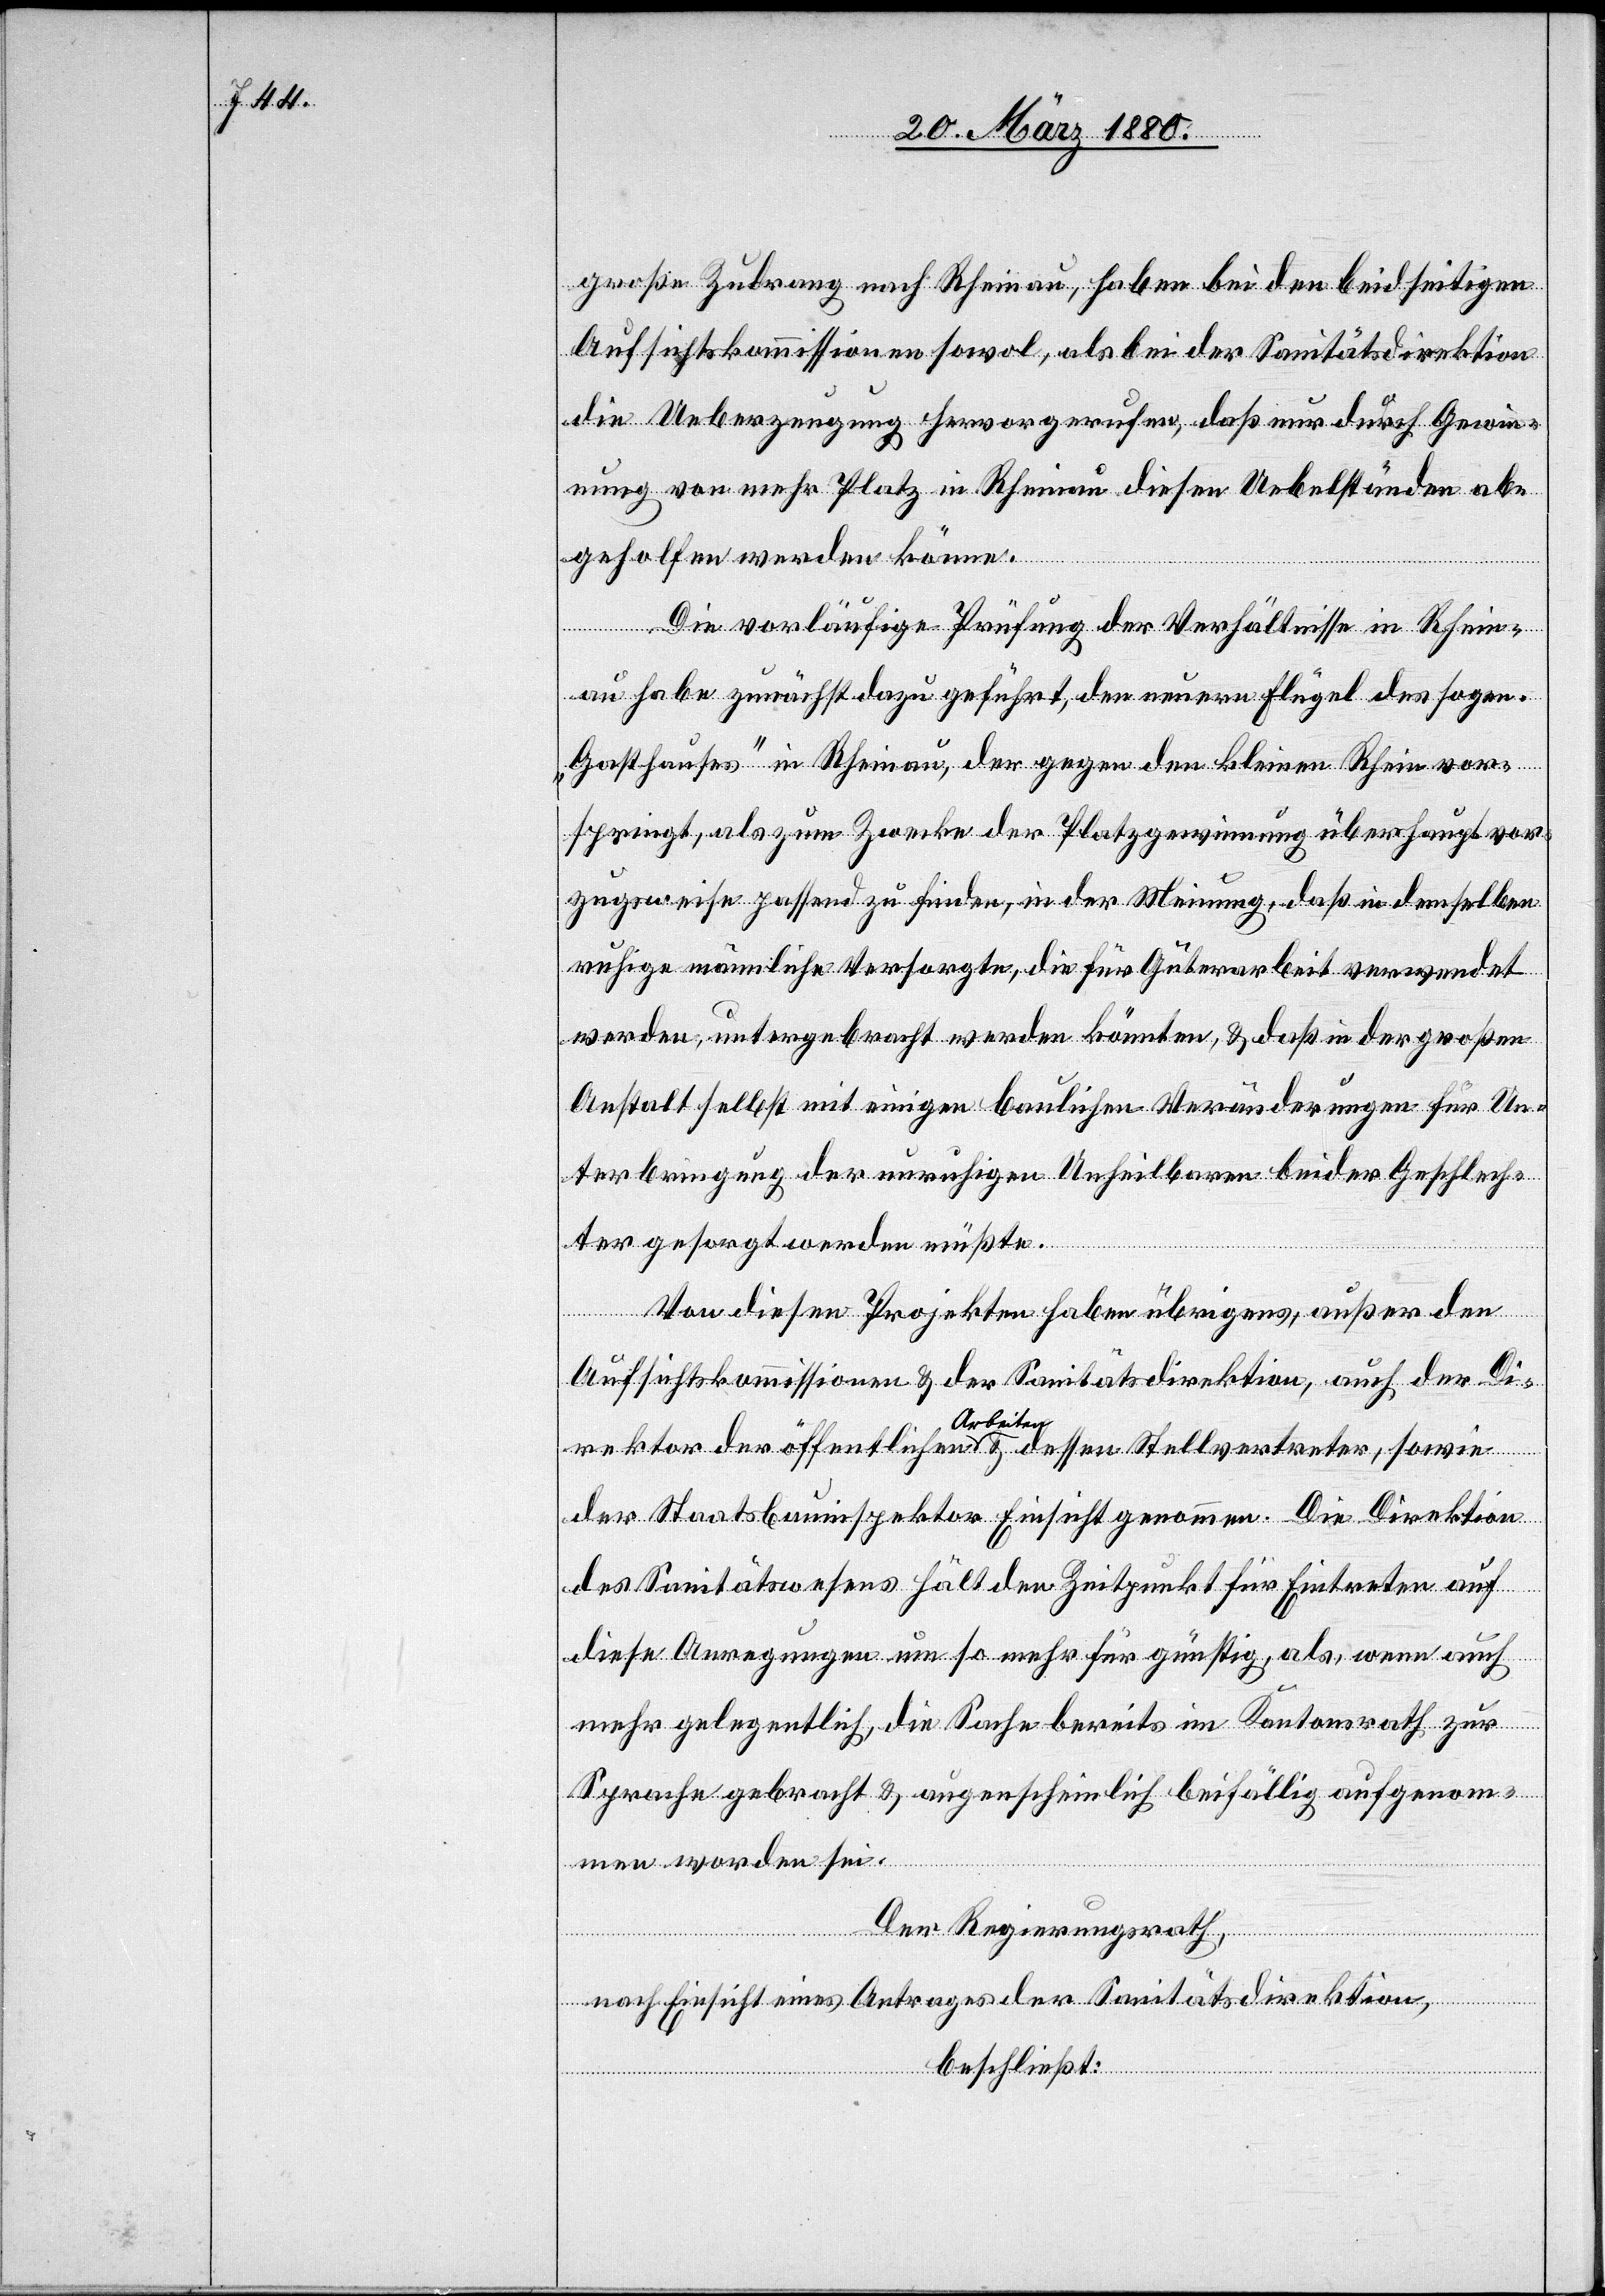
große Zudrang nach Rheinau, haben bei den beidseitigen
Aufsichtskommissionen sowol, als bei der Sanitätsdirektion
die Ueberzeugung hervorgerufen, daß nur durch Gewin¬
nung von mehr Platz in Rheinau diesen Uebelständen ab¬
geholfen werden könne.
Die vorläufige Prüfung der Verhältnisse in Rhein¬
au habe zunächst dazu geführt, den neuern Flügel des sogen.
„Gotthauses“ in Rheinau, der gegen den kleinen Rhein vor¬
springt, als zum Zwecke der Platzgewinnung überhaupt vor¬
zugsweise passend zu finden, in der Meinung, daß in demselben
ruhige männliche Versorgte, die für Güterarbeit verwendet
werden, untergebracht werden könnten, & daß in der großen
Anstalt selbst mit einigen baulichen Veränderungen für Un¬
terbringung der unruhigen Unheilbaren beider Geschlech¬
ter gesorgt werden müßte.
Von diesen Projekten haben übrigens, außer den
Aufsichtskommissionen & der Sanitätsdirektion, auch der Di¬
rektor der öffentlichen a-Arbeiten-a & dessen Stellvertreter, sowie
der Staatsbauinspektor Einsicht genommen. Die Direktion
des Sanitätswesens hält den Zeitpunkt für Eintreten auf
diese Anregungen um so mehr für günstig, als, wenn auch
mehr gelegentlich, die Sache bereits im Kantonsrath zur
Sprache gebracht & augenscheinlich beifällig aufgenom¬
men worden sei.
Der Regierungsrath,
nach Einsicht eines Antrages der Sanitätsdirektion,
beschließt: